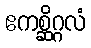
ဧကစ္ဆိဂ္ဂလံ